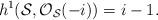
LaTeX: \begin{align*}h^{1}({\cal S}, {\cal O}_{\cal S}(-i)) = i-1.\end{align*}